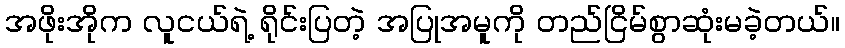
အဖိုးအိုက လူငယ်ရဲ့ ရိုင်းပြတဲ့ အပြုအမူကို တည်ငြိမ်စွာဆုံးမခဲ့တယ်။